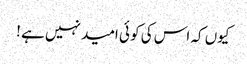
کیوں کہ اس کی کو ئی امید نہیں ہے !